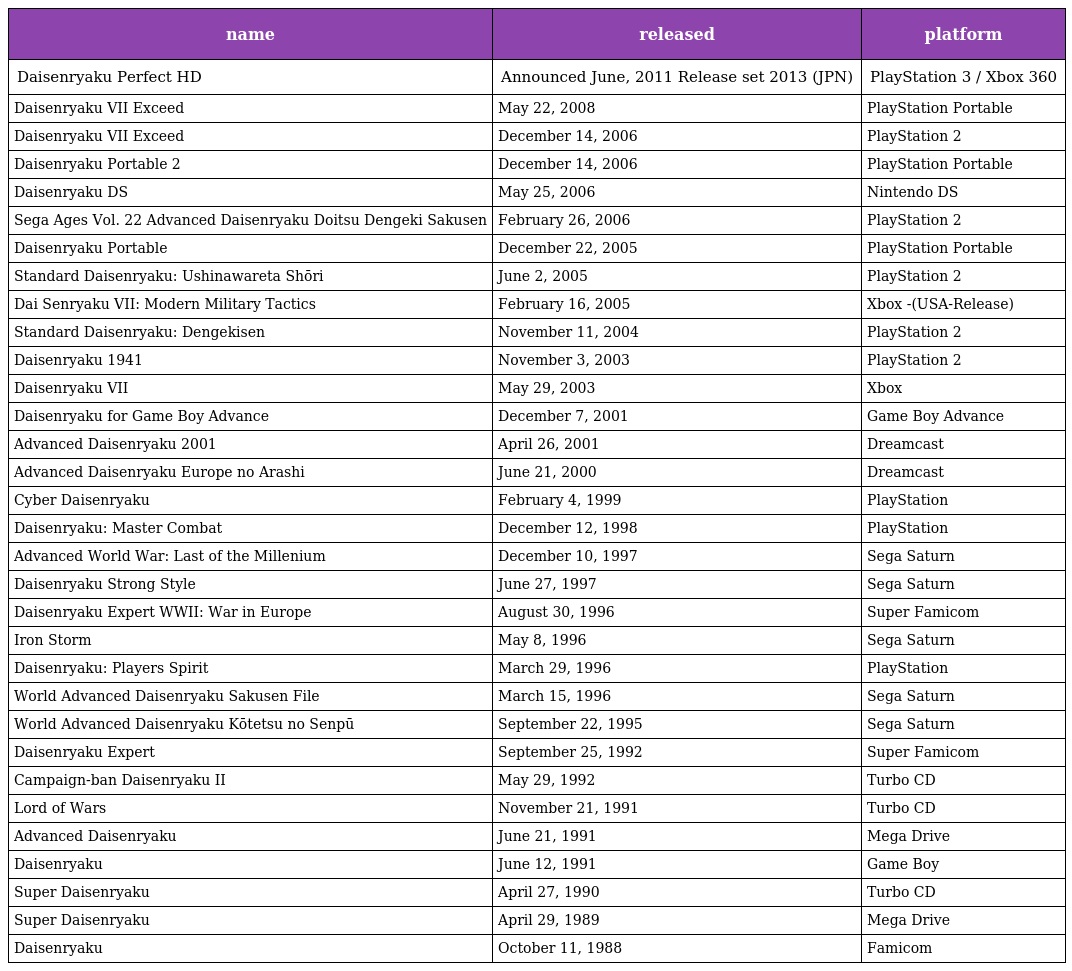
| name | released | platform |
 | --- | --- | --- |
 | Daisenryaku Perfect HD | Announced June, 2011 Release set 2013 (JPN) | PlayStation 3 / Xbox 360 |
 | Daisenryaku VII Exceed | May 22, 2008 | PlayStation Portable |
 | Daisenryaku VII Exceed | December 14, 2006 | PlayStation 2 |
 | Daisenryaku Portable 2 | December 14, 2006 | PlayStation Portable |
 | Daisenryaku DS | May 25, 2006 | Nintendo DS |
 | Sega Ages Vol. 22 Advanced Daisenryaku Doitsu Dengeki Sakusen | February 26, 2006 | PlayStation 2 |
 | Daisenryaku Portable | December 22, 2005 | PlayStation Portable |
 | Standard Daisenryaku: Ushinawareta Shōri | June 2, 2005 | PlayStation 2 |
 | Dai Senryaku VII: Modern Military Tactics | February 16, 2005 | Xbox -(USA-Release) |
 | Standard Daisenryaku: Dengekisen | November 11, 2004 | PlayStation 2 |
 | Daisenryaku 1941 | November 3, 2003 | PlayStation 2 |
 | Daisenryaku VII | May 29, 2003 | Xbox |
 | Daisenryaku for Game Boy Advance | December 7, 2001 | Game Boy Advance |
 | Advanced Daisenryaku 2001 | April 26, 2001 | Dreamcast |
 | Advanced Daisenryaku Europe no Arashi | June 21, 2000 | Dreamcast |
 | Cyber Daisenryaku | February 4, 1999 | PlayStation |
 | Daisenryaku: Master Combat | December 12, 1998 | PlayStation |
 | Advanced World War: Last of the Millenium | December 10, 1997 | Sega Saturn |
 | Daisenryaku Strong Style | June 27, 1997 | Sega Saturn |
 | Daisenryaku Expert WWII: War in Europe | August 30, 1996 | Super Famicom |
 | Iron Storm | May 8, 1996 | Sega Saturn |
 | Daisenryaku: Players Spirit | March 29, 1996 | PlayStation |
 | World Advanced Daisenryaku Sakusen File | March 15, 1996 | Sega Saturn |
 | World Advanced Daisenryaku Kōtetsu no Senpū | September 22, 1995 | Sega Saturn |
 | Daisenryaku Expert | September 25, 1992 | Super Famicom |
 | Campaign-ban Daisenryaku II | May 29, 1992 | Turbo CD |
 | Lord of Wars | November 21, 1991 | Turbo CD |
 | Advanced Daisenryaku | June 21, 1991 | Mega Drive |
 | Daisenryaku | June 12, 1991 | Game Boy |
 | Super Daisenryaku | April 27, 1990 | Turbo CD |
 | Super Daisenryaku | April 29, 1989 | Mega Drive |
 | Daisenryaku | October 11, 1988 | Famicom |